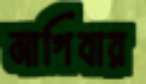
মাগিবার